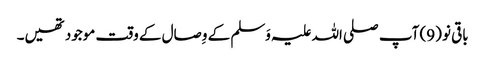
باقی نو (9) آپ صلی اللہ علیہ وَسلم کے وِصال کے وقت موجود تھیں۔